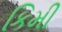
કિમી